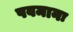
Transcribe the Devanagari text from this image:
पवमानः